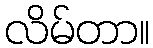
လိမ်တာ။